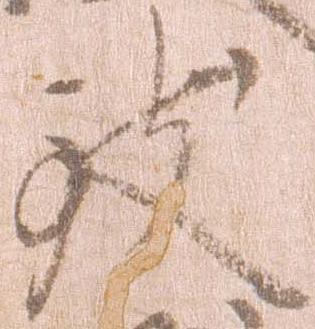
致